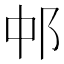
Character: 𬩵